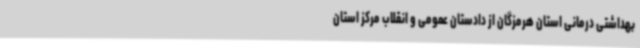
بهداشتی درمانی استان هرمزگان از دادستان عمومی و انقلاب مرکز استان